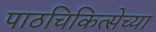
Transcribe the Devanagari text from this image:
पाठचिकित्सेच्या